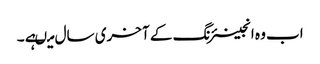
اب وہ انجینئرنگ کے آخری سال میںہے ۔